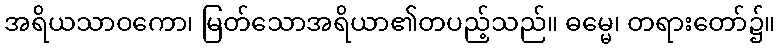
အရိယသာဝကော၊ မြတ်သောအရိယာ၏တပည့်သည်။ ဓမ္မေ၊ တရားတော်၌။